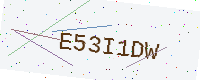
Text: E53I1DW